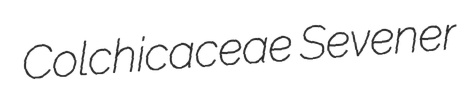
Colchicaceae Sevener